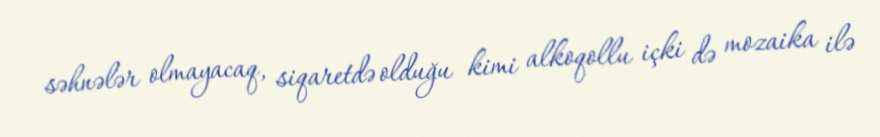
səhnələr olmayacaq, siqaretdə olduğu kimi alkoqollu içki də mozaika ilə